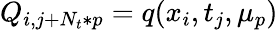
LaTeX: Q_{i,j+N_{t}*p}=q(x_{i},t_{j},\mu_{p})